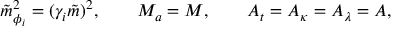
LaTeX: \tilde { m } _ { \phi _ { i } } ^ { 2 } = ( \gamma _ { i } \tilde { m } ) ^ { 2 } , \qquad M _ { a } = M , \qquad A _ { t } = A _ { \kappa } = A _ { \lambda } = A ,